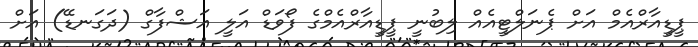
ޕީޑީއާރްއެމް އަށް ޕެނަލްޓީއެއް ލިބުނީ ޕީޑީއާރްއެމްގެ ފޯވަޑް އަލީ އަޝްފާގް (ދަގަނޑޭ) އަށް